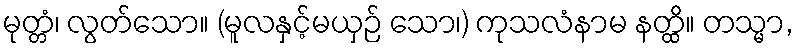
မုတ္တံ၊ လွတ်သော။ (မူလနှင့်မယှဉ် သော၊) ကုသလံနာမ နတ္ထိ။ တသ္မာ,